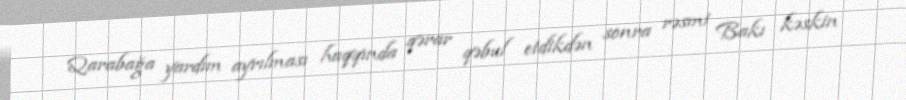
Qarabağa yardım ayrılması haqqında qərar qəbul etdikdən sonra rəsmi Bakı kəskin